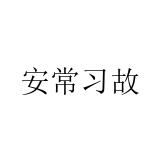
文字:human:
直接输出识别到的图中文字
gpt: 安常习故